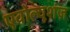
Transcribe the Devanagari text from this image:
एवोल्यूशंज़